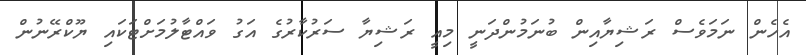
އެހެން ނަމަވެސް ރަޝިޔާއިން ބުނަމުންދަނީ މިއީ ރަޝިޔާ ސަރުކާރުގެ އަގު ވައްޓާލުމަށްޓަކައި ޔޫކްރޭނުން